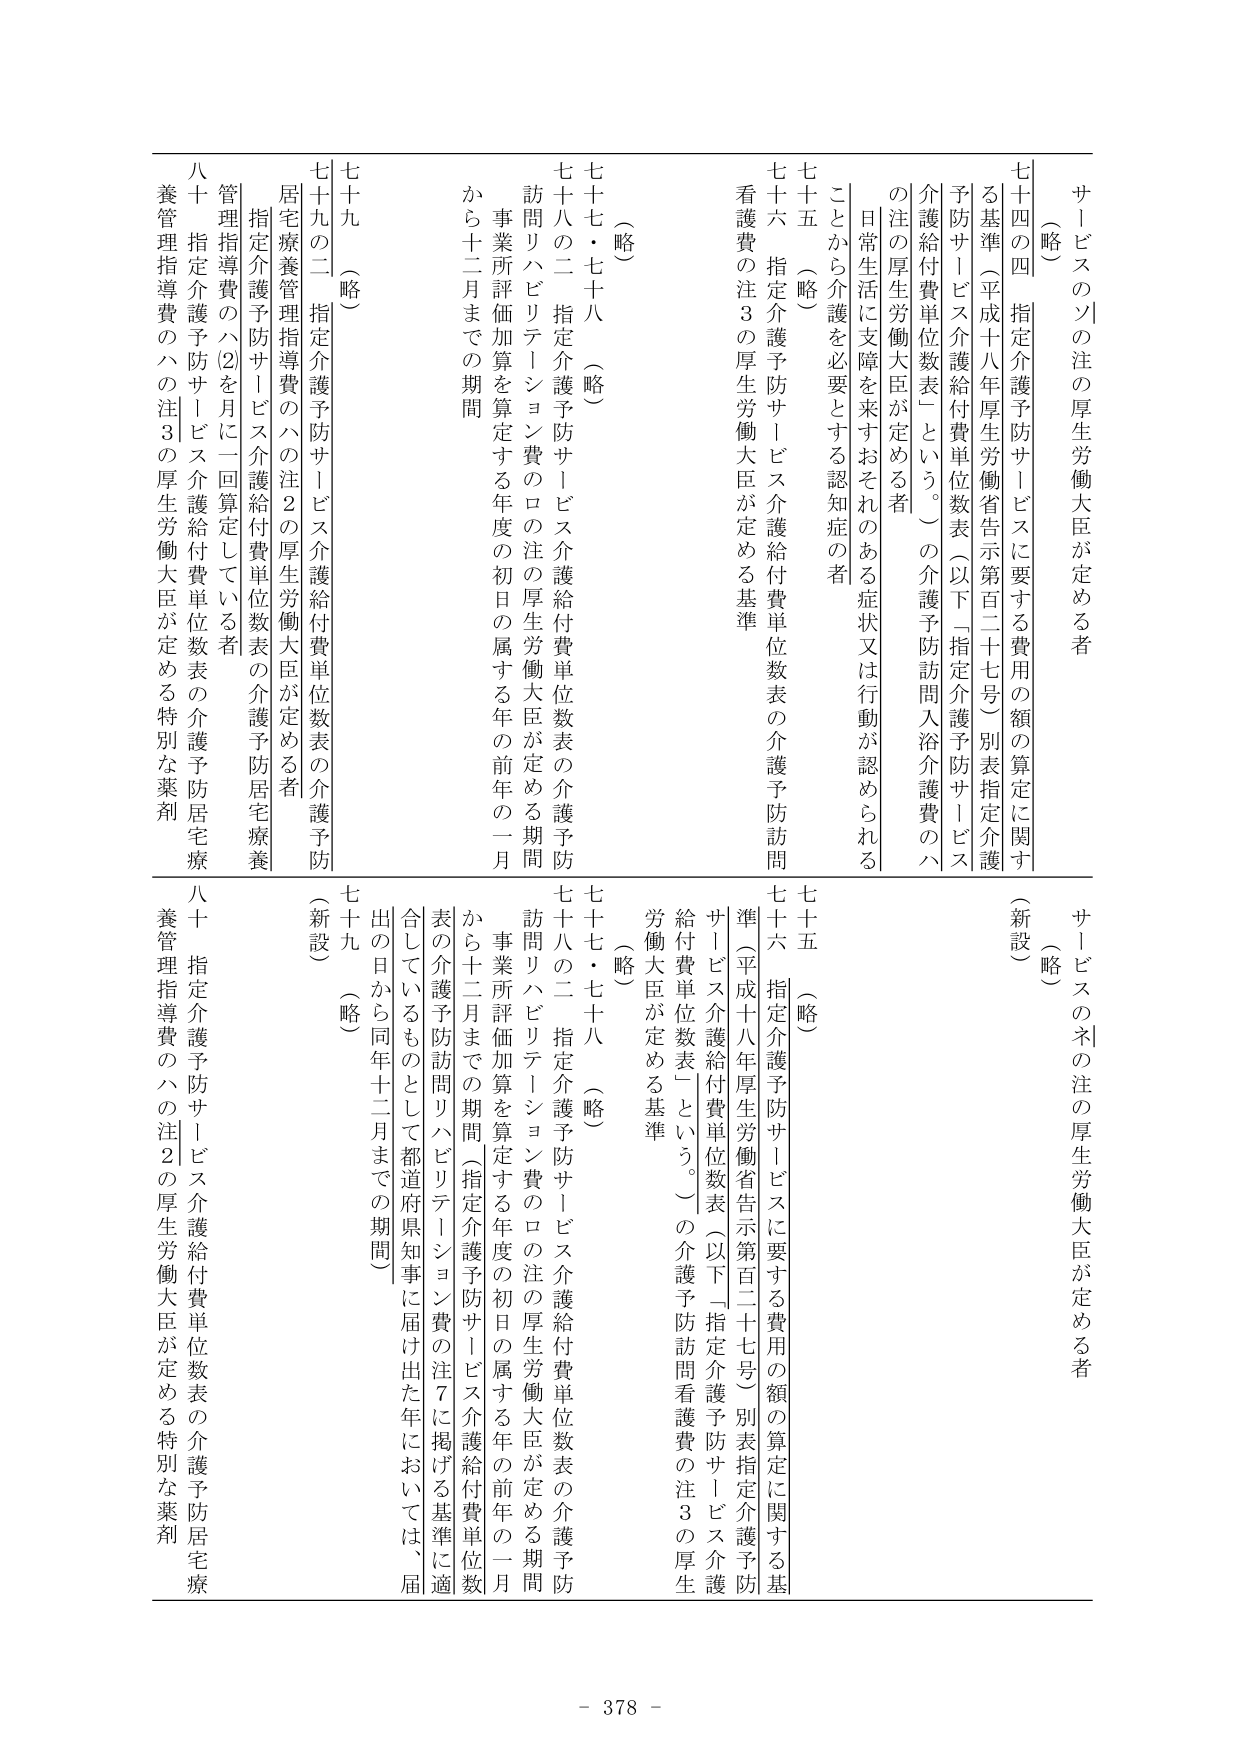
サービスのツの注の厚生労働大臣が定める者
（略）
七十四　指定介護予防サービスに要する費用の額の算定に関する基準（平成十八年厚生労働省告示第百二十七号）別表指定介護予防サービス介護給付費単位数表（以下「指定介護予防サービス介護給付費単位数表」という。）の介護予防訪問入浴介護費のハの注の厚生労働大臣が定める者
日常生活に支障を来すおそれのある症状又は行動が認められることから介護を必要とする認知症の者
七十五　（略）
七十六　指定介護予防サービス介護給付費単位数表の介護予防看護費の注3の厚生労働大臣が定める基準
（略）
七十七・七十八　（略）
七十八の二　指定介護予防サービス介護給付費単位数表の介護予防訪問リハビリテーション費のロの注の厚生労働大臣が定める期間
事業所評価加算を算定する年度の初日の属する年の前年の一月から十二月までの期間
七十九　（略）
七十九の二　指定介護予防サービス介護給付費単位数表の介護予防居宅療養管理指導費のハの注2の厚生労働大臣が定める者
指定介護予防サービス介護給付費単位数表の介護予防居宅療養管理指導費のハ⑵を月に一回算定している者
八十　指定介護予防サービス介護給付費単位数表の介護予防居宅療養管理指導費のハの注3の厚生労働大臣が定める特別な薬剤
サービスのネの注の厚生労働大臣が定める者
（略）
（新設）
七十五　（略）
七十六　指定介護予防サービスに要する費用の額の算定に関する基準（平成十八年厚生労働省告示第百二十七号）別表指定介護予防サービス介護給付費単位数表（以下「指定介護予防サービス介護給付費単位数表」という。）の介護予防訪問看護費の注3の厚生労働大臣が定める基準
（略）
七十七・七十八　（略）
七十八の二　指定介護予防サービス介護給付費単位数表の介護予防訪問リハビリテーション費のロの注の厚生労働大臣が定める期間
事業所評価加算を算定する年度の初日の属する年の前年の一月から十二月までの期間（指定介護予防サービス介護給付費単位数表の介護予防訪問リハビリテーション費の注7に掲げる基準に適合しているものとして都道府県知事に届け出た年においては、届出の日から同年十二月までの期間）
七十九　（略）
（新設）
八十　指定介護予防サービス介護給付費単位数表の介護予防居宅療養管理指導費のハの注2の厚生労働大臣が定める特別な薬剤
- 378 -